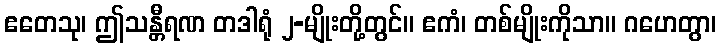
ဧတေသု၊ ဤသန္တီရဏ တဒါရုံ ၂-မျိုးတို့တွင်။ ဧကံ၊ တစ်မျိုးကိုသာ။ ဂဟေတွာ၊